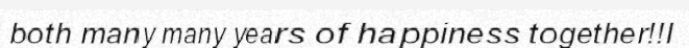
both many many years of happiness together!!I